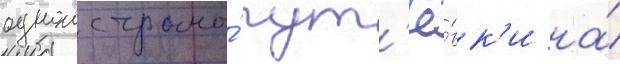
однои страны́ пут'ё́вк'и на́